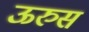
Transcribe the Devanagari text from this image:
ऊरुस